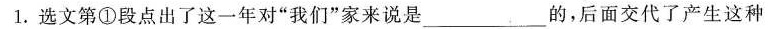
1.选文第①段点出了这一年对”我们”家来说是___的，后面交代了产生这种